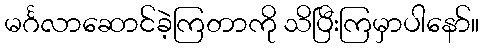
မင်္ဂလာဆောင်ခဲ့ကြတာကို သိပြီးကြမှာပါနော်။